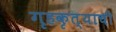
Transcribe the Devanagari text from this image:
गृहकृत्याची